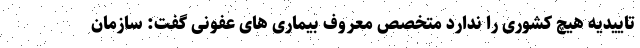
تاییدیه هیچ کشوری را ندارد متخصص معروف بیماری های عفونی گفت: سازمان